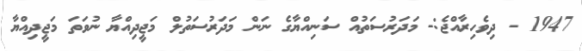
1947 - ދިވެހިރާއްޖެ:- މަދަރުސަތުއް ސަނިއްޔާގެ ނަން މަދަރުސަތުލް މަޖީދިއްޔާ ނުވަތަ މަޖީދިއްޔާ